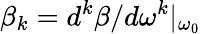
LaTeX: \beta_{k}=d^{k}\beta/d\omega^{k}|_{\omega_{0}}